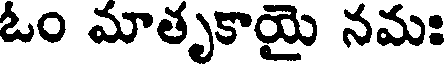
ఓం మాతృకాయై నమః